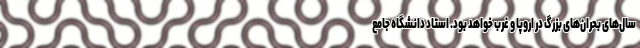
سال‌های بحران‌های بزرگ در اروپا و غرب خواهد بود. استاد دانشگاه جامع